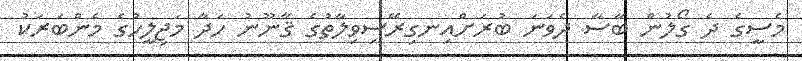
މެސީގެ ދެ ގޯލުން ބާސާ ދެވަނަ ބުރަށްއިނގިރޭސިވިލާތުގެ ޤާނޫނު ހަދާ މަޖިލީހުގެ މެންބަރަކު